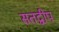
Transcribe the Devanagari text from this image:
सतद्वीप